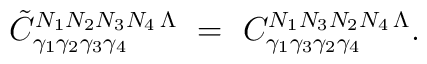
\tilde C^{N_1 N_{2} N_{3} N_4\,\Lambda}_{\gamma_1\gamma_{2}\gamma_{3} \gamma_4}\ = \ C^{N_1 N_{3} N_{2} N_4\,\Lambda}_{\gamma_1\gamma_{3}\gamma_{2} \gamma_4}.